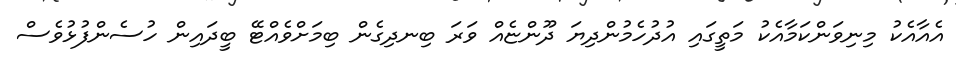
އެއާއެކު މިނިވަންކަމާއެކު މަތީގައި އުދުހެމުންދިޔަ ދޫންޏެއް ވަރަ ބިނދިގެން ބިމަށްވެއްޓޭ ބީދައިން ހުސެންފުޅުވެސް